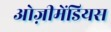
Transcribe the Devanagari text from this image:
ओज़ीमेंडियस